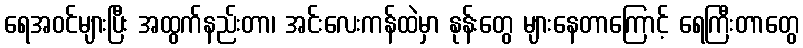
ရေအဝင်များပြီး အထွက်နည်းတာ၊ အင်းလေးကန်ထဲမှာ နုန်းတွေ များနေတာကြောင့် ရေကြီးတာတွေ